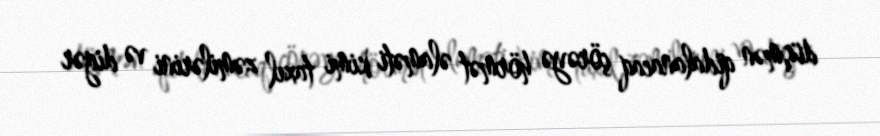
düşmən qidalanacaq çörəyə hörmət əlaməti kimi taxıl zəmilərini və digər